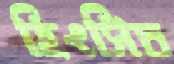
হিংসিত